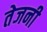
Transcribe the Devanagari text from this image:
तेजनी